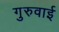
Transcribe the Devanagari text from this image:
गुरुवाई